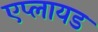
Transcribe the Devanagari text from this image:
एप्लायड